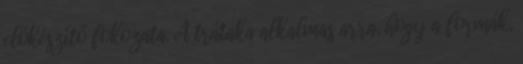
előkészítő fokozata. A trátaka alkalmas arra, hogy a formák,